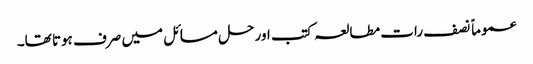
عموماً نصف رات مطالعہ کتب اور حل مسائل میں صرف ہوتا تھا۔